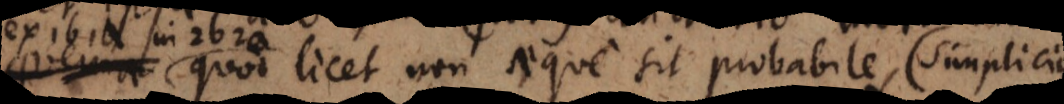
2b2a quae licet non aeque sit probabile, (simplicius